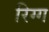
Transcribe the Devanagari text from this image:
रिग्ग